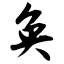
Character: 奂